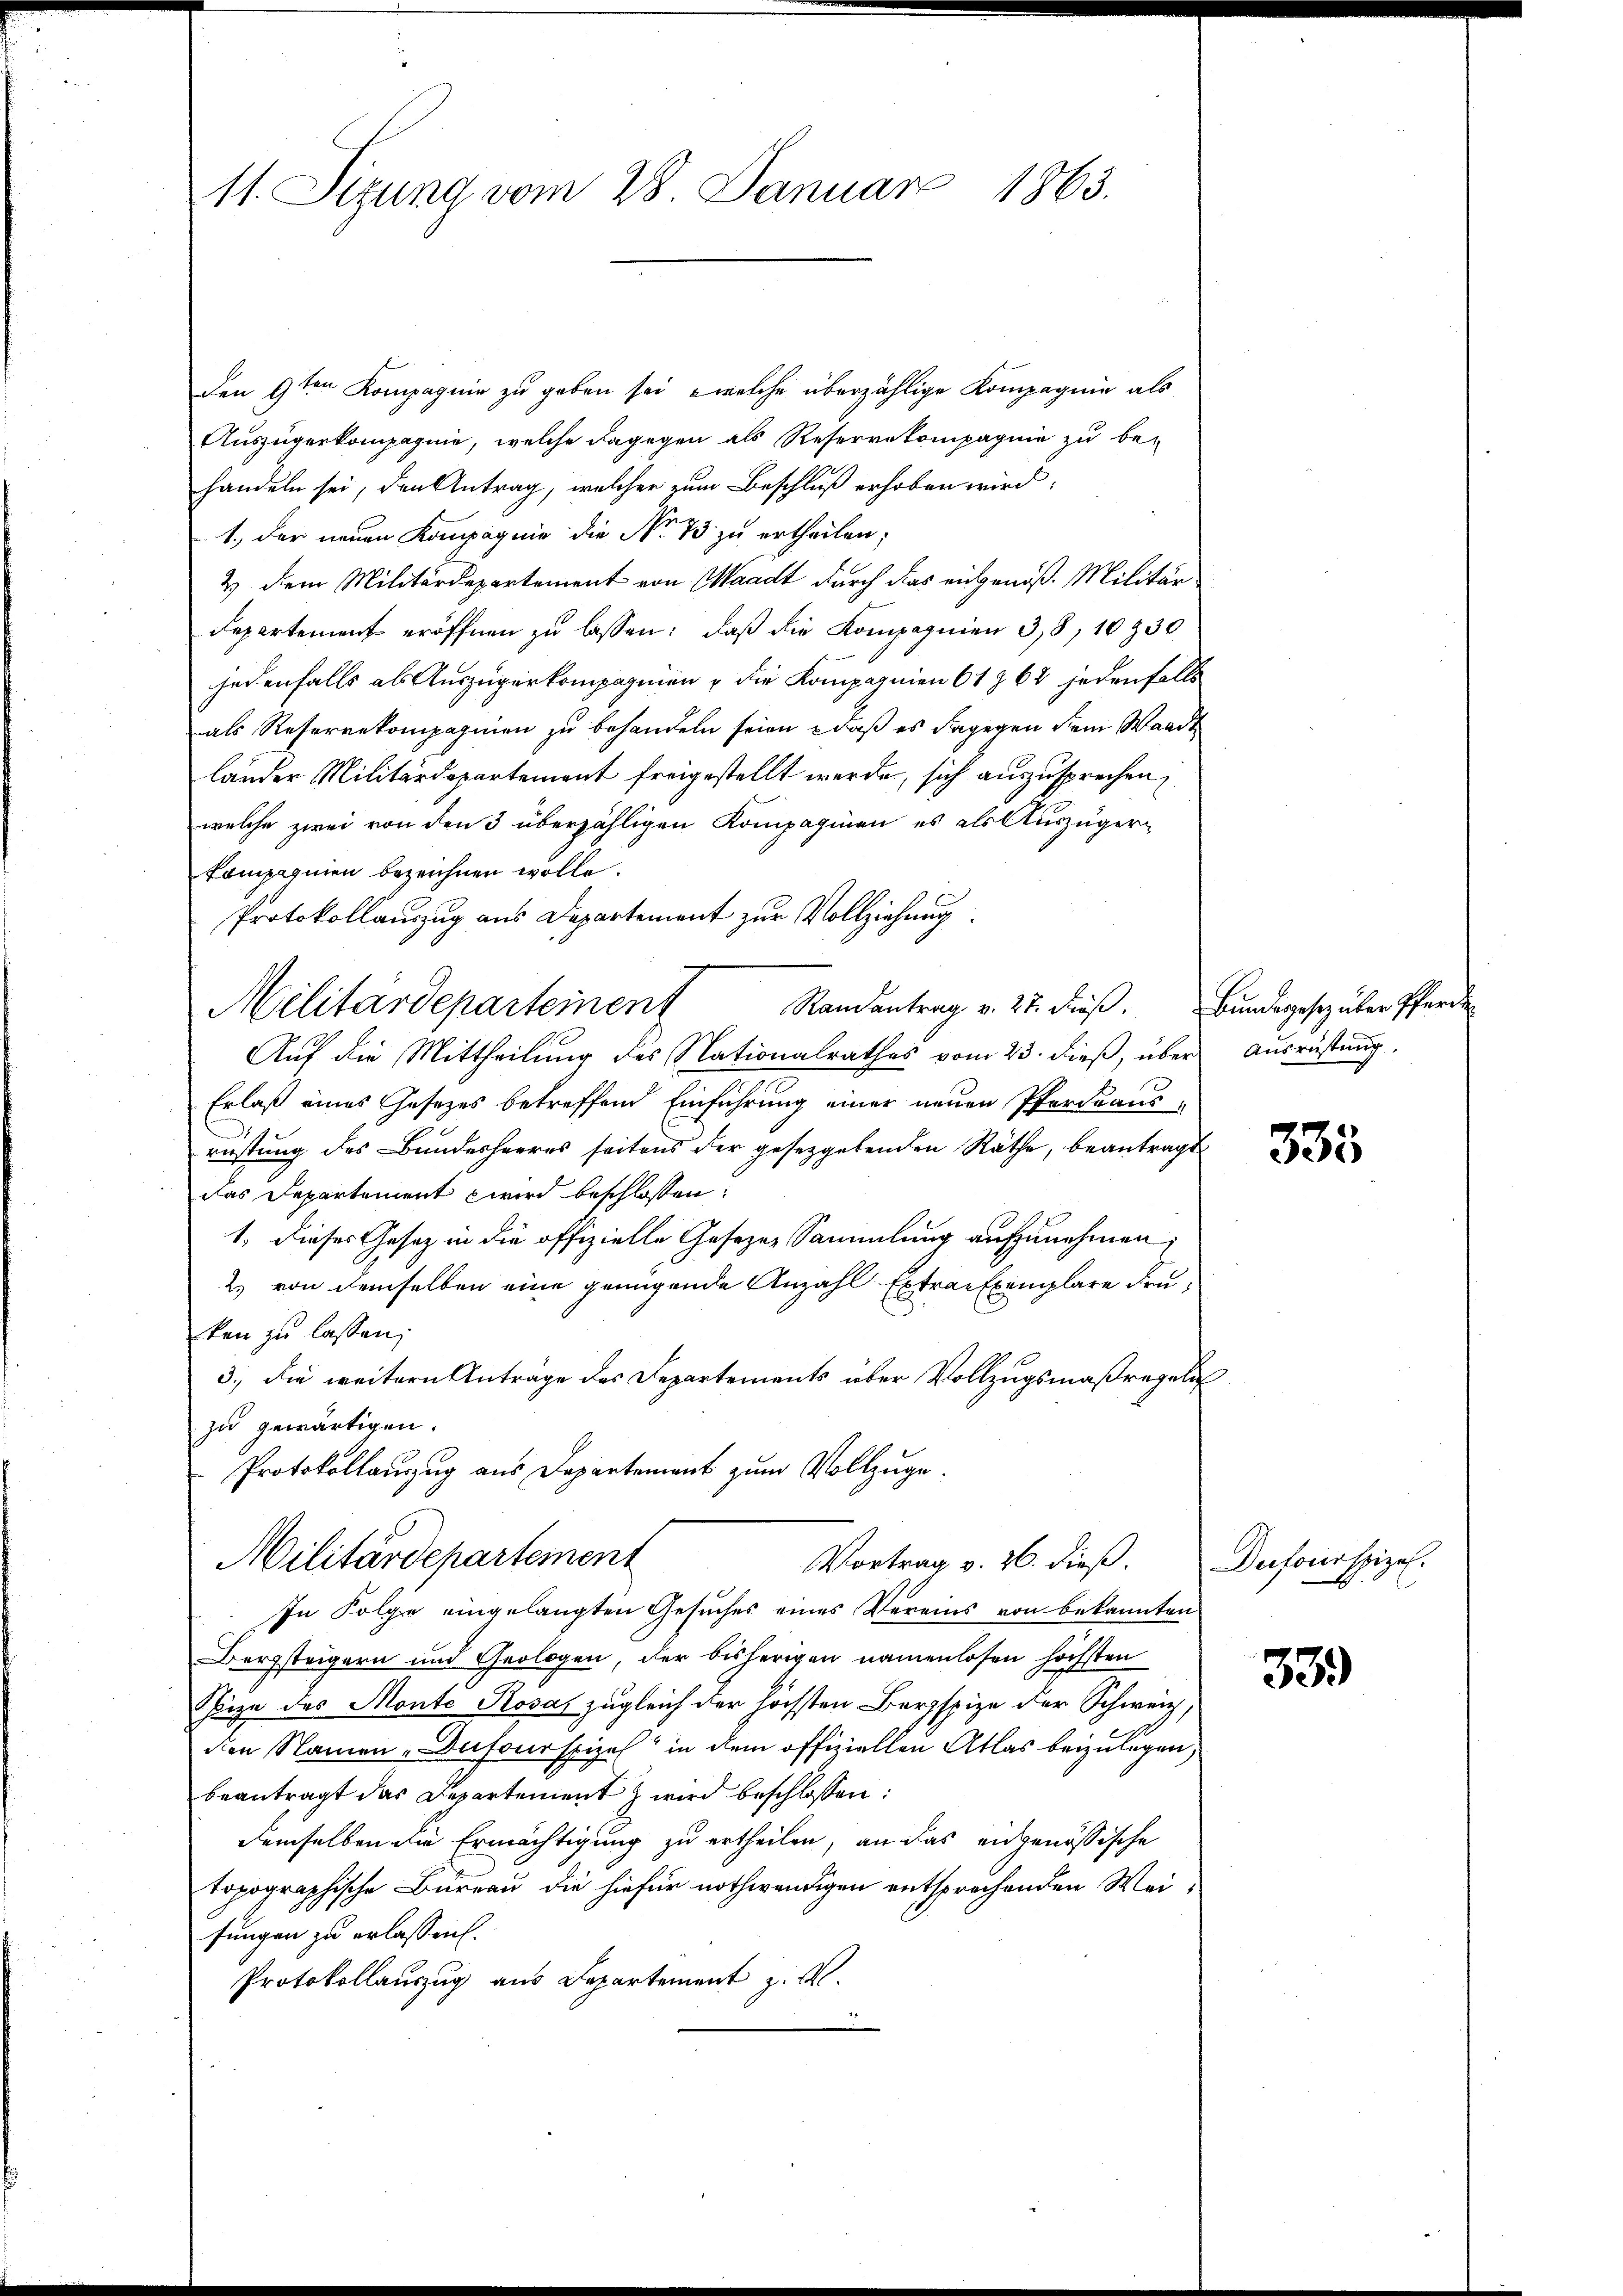
11. Sizung vom 28. Januar 1863.

den 9ten Kompagnie zu geben sei, welche überzählige Kompagnie als
Auszügerkompagnie, welche dagegen als Reservekompagnie zu be-
handeln sei, den Antrag, welcher zum Beschluß erhoben wird,
1., der neuen Kompagnie die No 73 zu ertheilen;
2 dem Militärdepartement von Waadt durch das eingenoß. Militär
Departement eröffnen zu lassen: daß die Kompagnien 38, 10230
jedenfalls als Auszugerkompagnien u die Kompagnien 61 § 62 jedenfalls
als Reserrekompagnien zu behandeln seien , daß es dagegen dem Waadt
länder Militärdepartement freigestellt werde, sich auszusprechen
welche zwei von den 3 überzähligen Kompagnien es als Auszüger¬
Compagnien bezeichnen wolle.
Protokollauszug aus Departement zur Vollziehung
Auf die Mittheilung des Nationalrathes vom 23. dieß, über Ausrüstung.
Erlaß eines Gesetzes betreffend Einführung einer neuen Pferduans-
n
rüstung des Bundesheeres seitens der gesetzgebenden Räthe, beantragt
Das Departement wird beschlossen:
1, dieses Gesetz in die offizielle Gesezes Sammlung aufzunehmen;
2) von demselben eine genügende Anzahl Extrae Exemplare Fruken zu lassen;
3.) Die weitern Antrage des Departements über Vollzugsmaßregeln
zu gewärtigen.
Protokollauszug aus Departement zum Vollzuge.
Militärdepartement
Vortrag v. 26. dieß.
In Folge eingelangten Gesuches eines Vereins von bekannten
Berzsteigern und Geologen, der bisherigen namenlosen höchsten
Spize des Monte Kosas zugleich der höchsten Bergspize der Schweiz,
den Namen-Dufourspizes in dem offiziellen Atlas beizulegen,
beantragt das Departement z wird beschlossen:
demselben die Ermächtigung zu ertheilen, an das angenössische
topographische Büreau die hiefür nothwendigen entsprechenden Weifungen zu erlassen.
Protokollauszug aus Departement z. v.

Militärdepartement

Randantrag v. 27. dieß. Bundesgesezüber Pferde

335

Defonispiel.

339